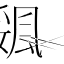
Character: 𩗔